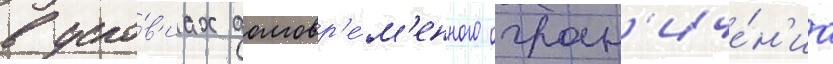
в усло́в'иах долговр'е́м'енного огран'иче́н'иа